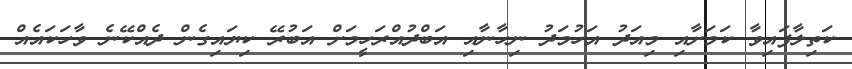
ކަތިލާފައިވާ ކަމަށާއި މިއަދު އަހުމަދު ނިހާނާއި އަބްދުއްރަހީމަށް އަބުރޭ ކިޔައިގެން ދެއްކޭނެ ވާހަކައެއް